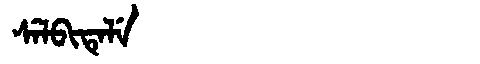
Manchu: ᠰᡝᠯᠪᡳᡨᡝᠯᡝ
Romanization: SELBITELE